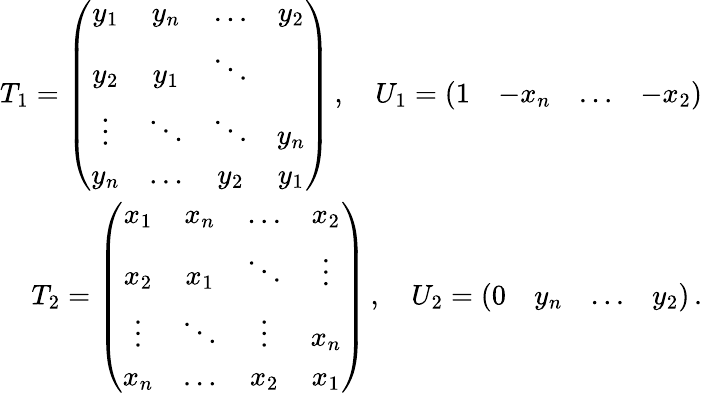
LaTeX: \begin{array}{r}{T_{1}=\left(\begin{array}{cccc}{y_{1}}&{y_{n}}&{\ldots}&{y_{2}}\\ {y_{2}}&{y_{1}}&{\ddots}&{}\\ {\vdots}&{\ddots}&{\ddots}&{y_{n}}\\ {y_{n}}&{\ldots}&{y_{2}}&{y_{1}}\end{array}\right)\, ,\quad U_{1}=\left(\begin{array}{cccc}{1}&{-x_{n}}&{\ldots}&{-x_{2}}\end{array}\right)}\\ {T_{2}=\left(\begin{array}{cccc}{x_{1}}&{x_{n}}&{\ldots}&{x_{2}}\\ {x_{2}}&{x_{1}}&{\ddots}&{\vdots}\\ {\vdots}&{\ddots}&{\vdots}&{x_{n}}\\ {x_{n}}&{\ldots}&{x_{2}}&{x_{1}}\end{array}\right)\, ,\quad U_{2}=\left(\begin{array}{cccc}{0}&{y_{n}}&{\ldots}&{y_{2}}\end{array}\right)\, .}\end{array}